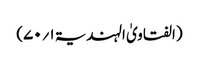
(الفتاویٰ الہندیۃ ۱؍۷۰)